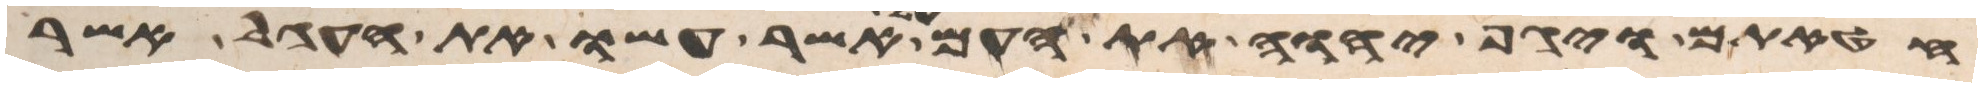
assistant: חטאתם ויגף יהוה את העם על אשר עשו את העגל אשר